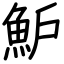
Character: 魲